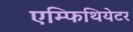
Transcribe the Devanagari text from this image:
एम्फिथियेटर